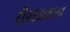
રીવરસાઇડના